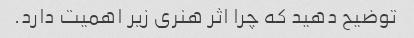
توضیح دهید که چرا اثر هنری زیر اهمیت دارد.